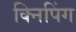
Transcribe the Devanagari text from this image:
क्निपिंग